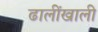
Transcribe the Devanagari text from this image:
ढालींखाली